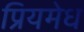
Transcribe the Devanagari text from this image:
प्रियमेध